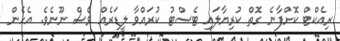
ރިއެކްޓް ކޮށްފާނެ ގޮތް ކުރިޔާލައި ޓެސްޓު ކުރައްވާ ލީޑަރެއް ވެސް ނޫނެވެ. އެހެން